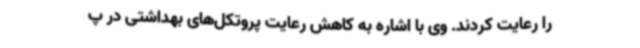
را رعایت کردند. وی با اشاره به کاهش رعایت پروتکل‌های بهداشتی در پ